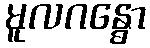
မူလဂန္ဓော